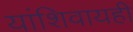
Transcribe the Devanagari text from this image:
यांशिवायही